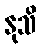
နုသိ